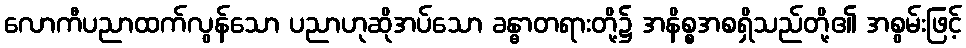
လောကီပညာထက်လွန်သော ပညာဟုဆိုအပ်သော ခန္ဓာတရားတို့၌ အနိစ္စအစရှိသည်တို့၏ အစွမ်းဖြင့်